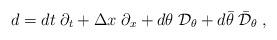
LaTeX: \begin{align*}d = dt\;\partial_t + \Delta x \;\partial_x + d\theta \;{\cal D}_{\theta} +d\bar{\theta}\; \bar{{\cal D}}_{\theta}\;,\end{align*}